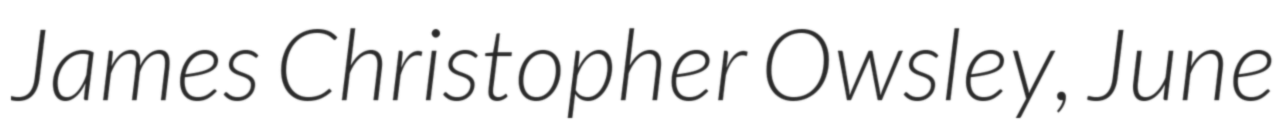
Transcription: James Christopher Owsley, June